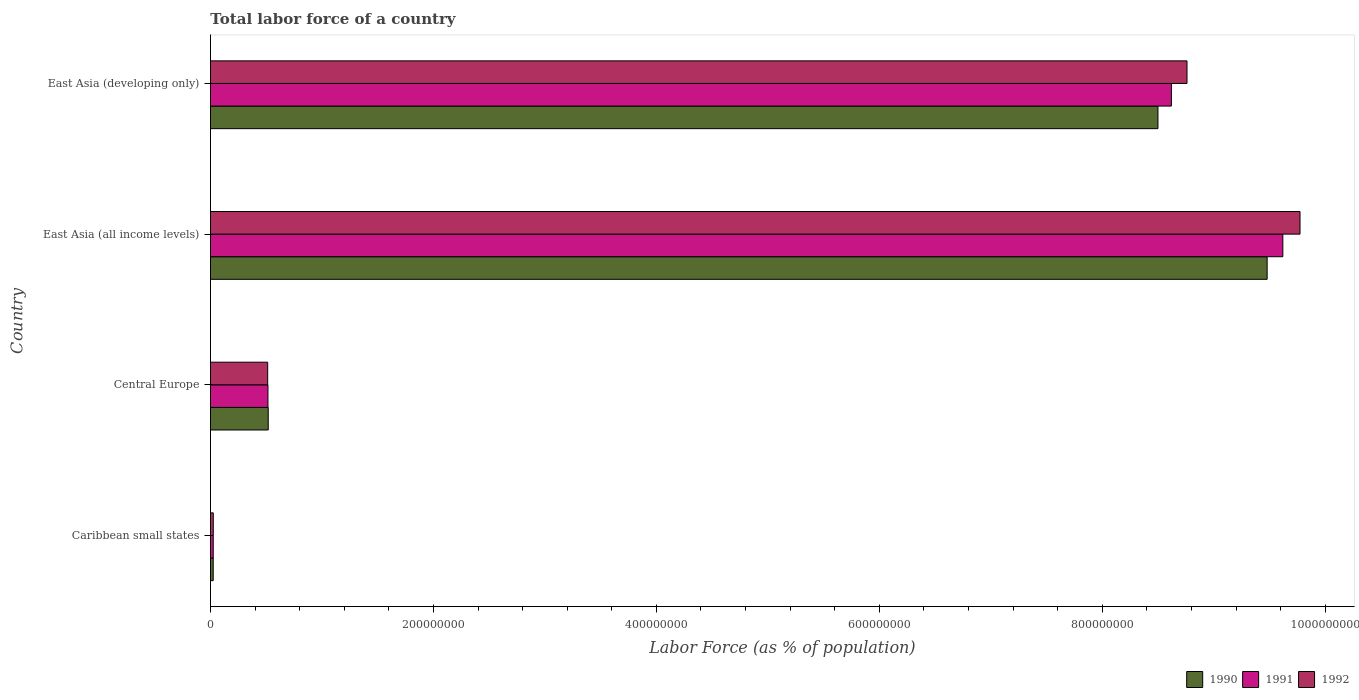
| Country | 1990 | 1991 | 1992 |
 | --- | --- | --- | --- |
 | Caribbean small states | 2.47e+06 | 2.48e+06 | 2.52e+06 |
 | Central Europe | 5.18e+07 | 5.16e+07 | 5.13e+07 |
 | East Asia (all income levels) | 9.48e+08 | 9.62e+08 | 9.77e+08 |
 | East Asia (developing only) | 8.5e+08 | 8.62e+08 | 8.76e+08 |